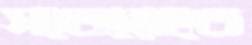
সতেরোতে